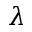
\lambda